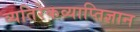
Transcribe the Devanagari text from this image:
व्यतिरेकव्याप्तिज्ञान